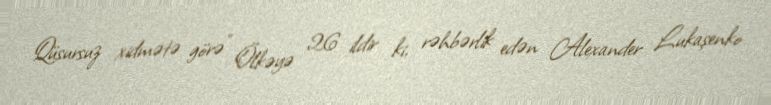
Qüsursuz xidmətə görə" Ölkəyə 26 ildir ki, rəhbərlik edən Alexander Lukaşenko